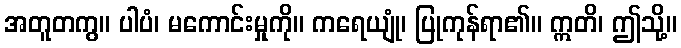
အတူတကွ။ ပါပံ၊ မကောင်းမှုကို။ ကရေယျုံ၊ ပြုကုန်ရာ၏။ ဣတိ၊ ဤသို့။